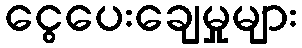
ငွေပေးချေမှုများ